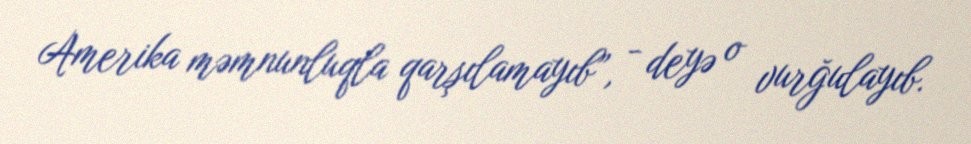
Amerika məmnunluqla qarşılamayıb”, - deyə o vurğulayıb.